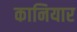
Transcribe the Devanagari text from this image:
कानियार